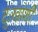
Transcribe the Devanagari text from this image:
दुःखांशी